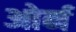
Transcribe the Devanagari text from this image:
ओर्न